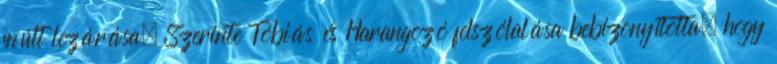
múlt lezárása. Szerinte Tóbiás és Harangozó felszólalása bebizonyította, hogy